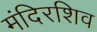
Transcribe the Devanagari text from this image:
मंदिरशिव